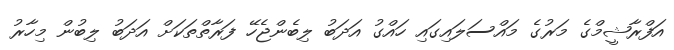
އަފްރާޝީމްގެ މަރުގެ މައްސަލައިގައި ހައްގު އަދަބު ލިބެންޖެހޭ ފަރާތްތަކަށް އަދަބު ލިބުން މިހާރު